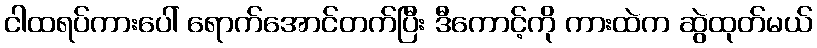
ငါထရပ်ကားပေါ် ရောက်အောင်တက်ပြီး ဒီကောင့်ကို ကားထဲက ဆွဲထုတ်မယ်